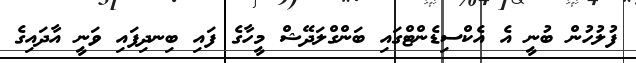
ފުލުހުން ބުނީ އެ އެކްސިޑެންޓްގައި ބަންގްލަދޭޝް މީހާގެ ފައި ބިނދިފައި ވަނީ އާދައިގެ